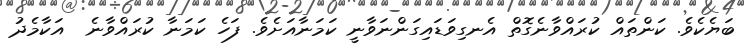
ބަޔެކެވެ. ކަންތައް ކުރައްވާނެގޮތް އެނގިވަޑައިގަންނަވާނީ ކަމަނާއަށެވެ. ފަހެ ކަމަނާ ކުރައްވާނެ  އަކާމެދު